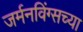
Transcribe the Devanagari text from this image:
जर्मनविंग्सच्या